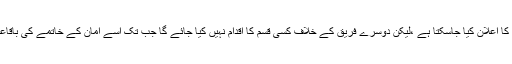
اسی طرح پہلی صورت میں امان کی مدت ختم ہونے سے قبل بھی امان کے خاتمے کا اعلان کیا جاسکتا ہے ،لیکن دوسرے فریق کے خلاف کسی قسم کا اقدام نہیں کیا جائے گا جب تک اسے امان کے خاتمے کی باقاعدہ اطلاع نہ دی جائے اور اسے اپنے محفوظ مقام تک پہنچنے کا موقع نہ دیا جائے۔